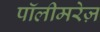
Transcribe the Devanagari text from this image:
पॉलीमरेज़